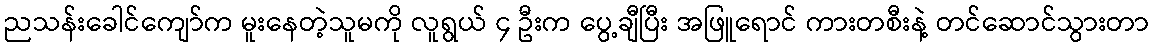
ညသန်းခေါင်ကျော်က မူးနေတဲ့သူမကို လူရွယ် ၄ ဦးက ပွေ့ချီပြီး အဖြူရောင် ကားတစီးနဲ့ တင်ဆောင်သွားတာ